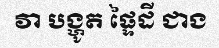
វា បង្ហូត ផ្ទៃដី ជាង